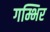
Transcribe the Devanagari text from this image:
गम्भिर